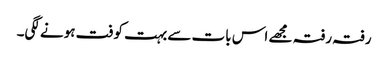
رفتہ رفتہ مجھے اس بات سے بہت کوفت ہونے لگی۔